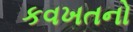
કવખતનો